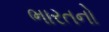
ભારતનો